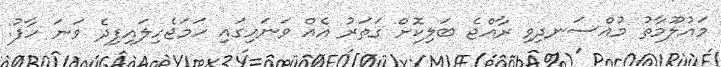
މައުލޫމާތު މުއްސަނދިވި ރާއްޖެ ބަލިކޮށް ގަތަރު އެއް ވަނައިގައި ހަަަމަޖެހިލައިފިދެ ވަނަ ހާފު: